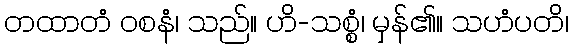
တထာတံ ဝစနံ၊ သည်။ ဟိ-သစ္စံ၊ မှန်၏။ သဟံပတိ၊